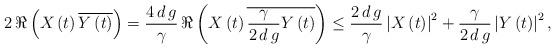
LaTeX: \begin{align*}2 \, \Re \left( X \left( t \right) \overline{ Y \left( t \right) } \right) =\frac{4 \, d \, g }{\gamma} \, \Re \left( X \left( t \right) \overline{ \frac{\gamma}{2 \, d \, g } Y \left( t \right) } \right) \leq\frac{2 \, d \, g }{\gamma} \left\vert X \left( t \right) \right\vert^2 + \frac{\gamma}{2 \, d \, g } \left\vert Y \left( t \right) \right\vert^2,\end{align*}